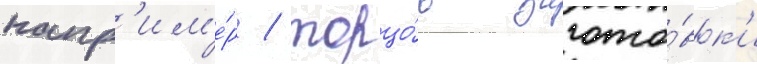
напр'им'е́р / торцо́в загото́вк'и